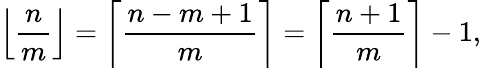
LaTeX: \left\lfloor{\frac{n}{m}}\right\rfloor=\left\lceil{\frac{n-m+1}{m}}\right\rceil=\left\lceil{\frac{n+1}{m}}\right\rceil-1,